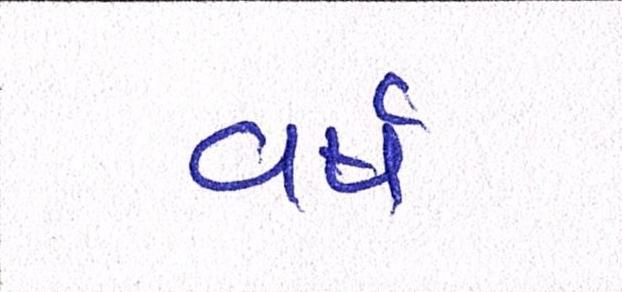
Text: વર્ષ